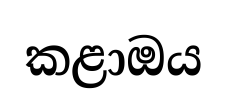
කළාඔය